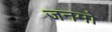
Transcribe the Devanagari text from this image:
जनमो